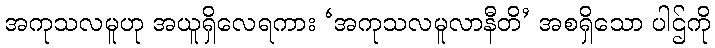
အကုသလမူဟု အယူရှိလေရကား ‘အကုသလမူလာနီတိ’ အစရှိသော ပါဌ်ကို